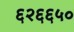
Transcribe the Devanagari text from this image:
६२६६५०